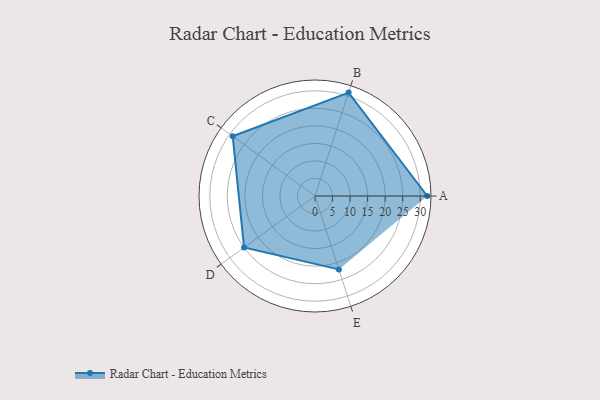
{"axis": {"x": "Skill", "y": "Score"}, "legend": ["Profile"], "data": [{"x": "A", "y": 32.0, "type": "Profile"}, {"x": "B", "y": 31.0, "type": "Profile"}, {"x": "C", "y": 29.0, "type": "Profile"}, {"x": "D", "y": 25.0, "type": "Profile"}, {"x": "E", "y": 22.0, "type": "Profile"}]}